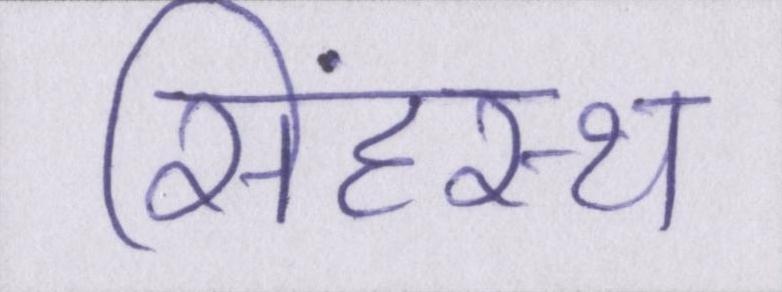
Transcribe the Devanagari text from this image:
सिंहस्थ